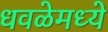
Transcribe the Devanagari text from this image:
धवळेमध्ये